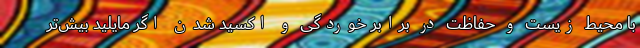
با محیط زیست و حفاظت در برابر خوردگی و اکسید شدن اگر مایلید بیش‌تر